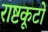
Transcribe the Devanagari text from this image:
राष्टकूटों